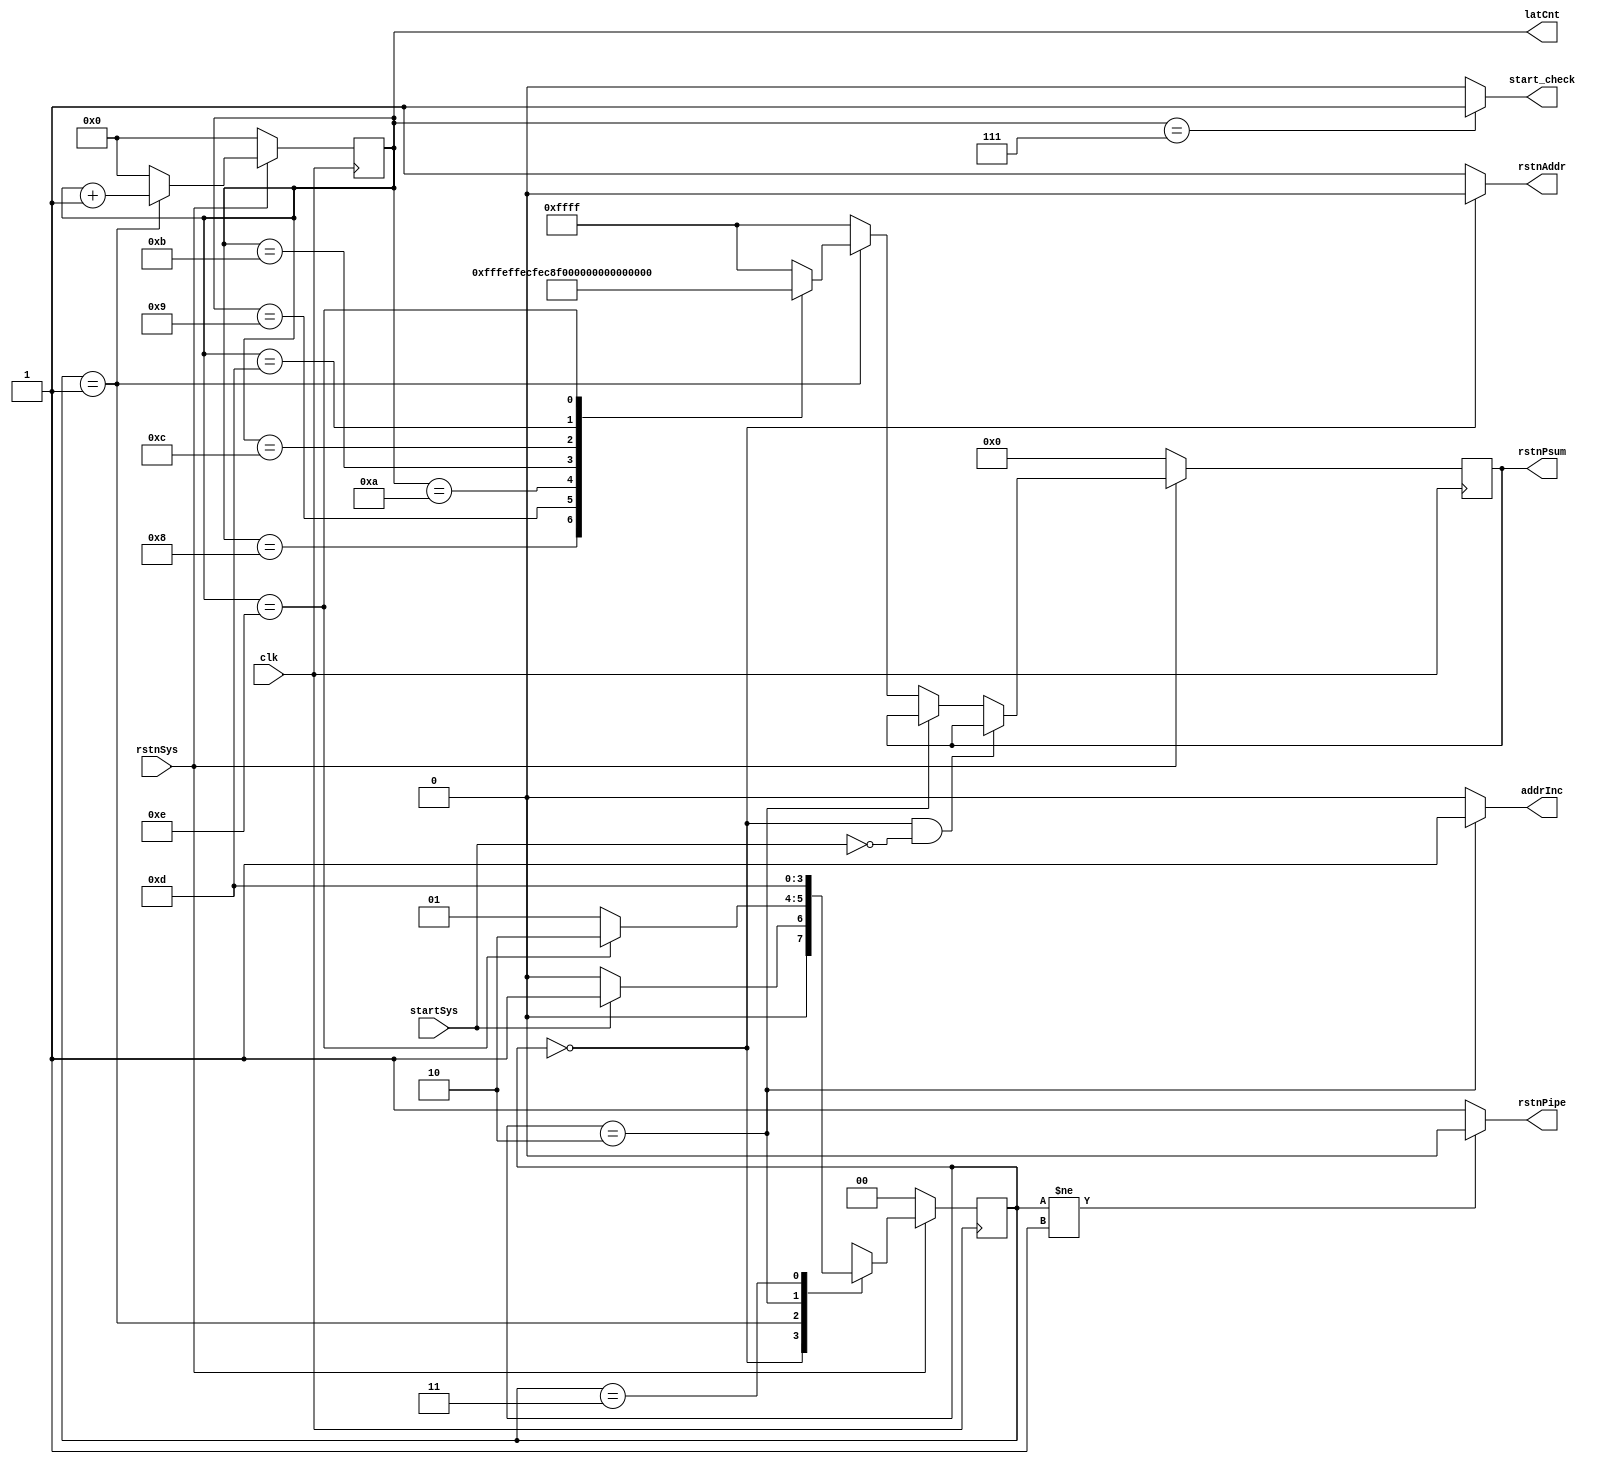
////////////////////////////////////////////////////////////////
// Note: the controller is exactly the same for both p1 and p2. You do not have to rewrite it.
////////////////////////////////////////////////////////////////
// input ports
// clk            -clock signal
// rstnSys        -reset the system (synchronous reset, active low)
// startSys       -start systolic calculation, active high (matrix A[4*8] * matrix B[8*4])

// output ports
// rstnPsum       -control signal, synchronous reset, to reset accumulation of products (16 bits, each bit controls a PE)
// rstnPipe       -control signal, synchronous reset, to reset all systolic movements (1 bit)
// rstnAddr       -control signal, synchronous reset, to reset test case address (1 bit)
// addrInc        -control signal, to increase test case address by 1
// latCnt         -to count cycles of calculation in each test case and select correct input element into the PE array (4-bit counter)
// start_check    -to testbench, to start storing of calculation results, to be activated when calculation is done (active high)
////////////////////////////////////////////////////////////////

module CTRL (clk, rstnSys, startSys, rstnPsum, rstnPipe, rstnAddr, addrInc, latCnt, start_check);

// port definition
    input clk, rstnSys, startSys;
    output reg [15:0] rstnPsum;
    output reg rstnPipe, rstnAddr, addrInc;
    output reg [3:0] latCnt;
    output reg start_check;


// state define
    localparam INIT = 2'd0;
    localparam CAL = 2'd1;
    localparam LOAD_NEXT = 2'd2;
    localparam LOAD_NEXT_IDLE = 2'd3;

// cycles needed for calculation in each test case
    localparam SYSTOLIC_LATENCY = 4'd14;

// update current states (sequential logic, reset with rstnSys)
    reg [1:0] currentState;
    reg [1:0] nextState;

    always @ (posedge clk) begin
        if (!rstnSys) currentState <= INIT;
        else currentState <= nextState;
    end

// next state generation (combinational logic)
    always @ (*) begin
        case (currentState)
            INIT: begin
                if (startSys) nextState = CAL;
                else nextState = INIT;
            end
            CAL: begin
                if (latCnt == SYSTOLIC_LATENCY)
                     nextState = LOAD_NEXT;
                else nextState = CAL;
            end
            LOAD_NEXT: begin
                nextState = LOAD_NEXT_IDLE;
            end
            LOAD_NEXT_IDLE: begin
                nextState = CAL;
            end
            default: nextState = INIT;
        endcase
    end



// output generation (combinational logic)
always @ (*) begin
    rstnAddr = currentState == INIT ? 1'b0 : 1'b1;
    rstnPipe = currentState != CAL ? 1'b0 : 1'b1;
    addrInc = currentState == LOAD_NEXT ? 1'b1 : 1'b0;
    start_check = latCnt == 4'd7 ? 1'b1 : 1'b0;
end

// update control signals (sequential logic, reset with rstnSys)
// each bit of rstnPsum controls each element of the PE array.
// rstnPsum[0] controls the element in the top-left corner of the PE array.
// rstnPsum[15] controls the element in the bottom-right corner of the PE array.
// default state should be ffff,

always @ (posedge clk) begin
    if (!rstnSys) rstnPsum <= 16'h0000;
    else if (currentState == INIT && !startSys) rstnPsum <= rstnPsum;
    else if (currentState == LOAD_NEXT) rstnPsum <= rstnPsum;
    else if (currentState == CAL) begin
        case (latCnt)
            SYSTOLIC_LATENCY - 6: rstnPsum <= 16'hfffe;
            SYSTOLIC_LATENCY - 5: rstnPsum <= 16'hffec;
            SYSTOLIC_LATENCY - 4: rstnPsum <= 16'hfec8;
            SYSTOLIC_LATENCY - 3: rstnPsum <= 16'hec80;
            SYSTOLIC_LATENCY - 2: rstnPsum <= 16'hc800;
            SYSTOLIC_LATENCY - 1: rstnPsum <= 16'h8000;
            SYSTOLIC_LATENCY - 0: rstnPsum <= 16'h0000;
            default: rstnPsum <= 16'hffff;
        endcase
    end
    else rstnPsum <= 16'hffff;
end



// latCnt, 4-bit counter (sequential logic, reset with rstnSys)
always @ (posedge clk) begin
    if (!rstnSys) latCnt <= 4'd0;
    else if (currentState == CAL) latCnt <= latCnt + 4'd1;
    else latCnt <= 4'd0;
end



endmodule